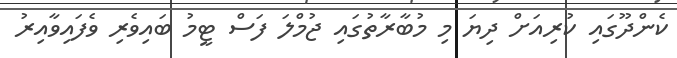
ކެންދޫގައި ކުރިއަށް ދިޔަ މި މުބާރާތުގައި ޖުމްލަ ފަސް ޓީމު ބައިވެރި ވެފައިވާއިރު